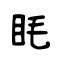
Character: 眊